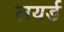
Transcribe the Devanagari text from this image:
लयर्ड